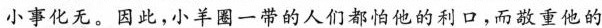
小事化无。因此，小羊图一带的人们都怕他的利口，而敬重他的